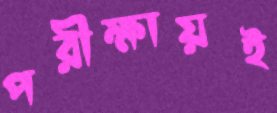
পরীক্ষায়ই